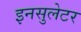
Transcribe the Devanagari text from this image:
इनसुलेटर